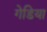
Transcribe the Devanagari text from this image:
गेडिया